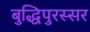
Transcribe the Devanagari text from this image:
बुद्धिपुरस्सर